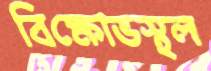
বিক্ষোভস্থল